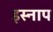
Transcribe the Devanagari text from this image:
इस्नाप